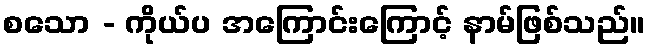
စသော - ကိုယ်ပ အကြောင်းကြောင့် နာမ်ဖြစ်သည်။